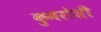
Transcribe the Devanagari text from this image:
कुमरोशी